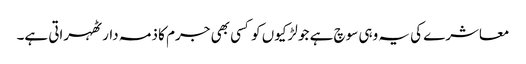
معاشرے کی یہ وہی سوچ ہے جو لڑکیوں کو کسی بھی جرم کا ذمہ دار ٹھہراتی ہے۔